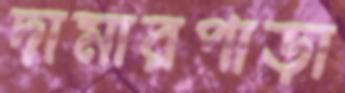
দামারপাড়া